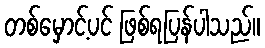
တစ်မှောင့်ပင် ဖြစ်ရပြန်ပါသည်။